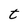
Character: t